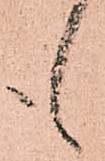
も